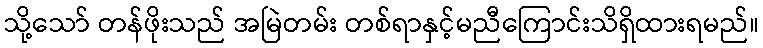
သို့သော် တန်ဖိုးသည် အမြဲတမ်း တစ်ရာနှင့်မညီကြောင်းသိရှိထားရမည်။